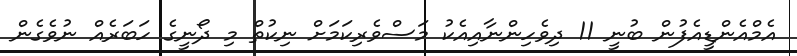
އެމްއެންޑީއެފުން ބުނީ 11 ދިވެހިންނާއިއެކު މަސްވެރިކަމަށް ނިކުތް މި ދޯނީގެ ހަބަރެއް ނުވެގެން